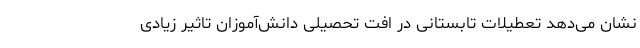
نشان می‌دهد تعطیلات تابستانی در افت تحصیلی دانش‌آموزان تاثیر زیادی